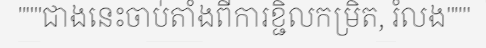
"""ជាងនេះចាប់តាំងពីការខ្ជិលកម្រិត, រំលង"""